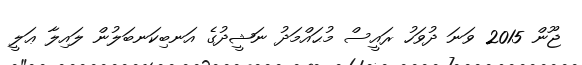
ޖޫން 2015 ވަނަ ދުވަހު ރައީސް މުޙައްމަދު ނަޝީދުގެ އަނބިކަނބަލުން ލައިލާ ޢަލީ